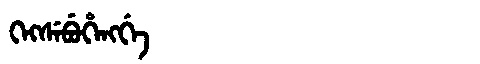
Manchu: ᡴᡝᡴᠰᡝᠪᡠᡥᡝᠩᡤᡝ
Romanization: KEKSEBUHENGGE